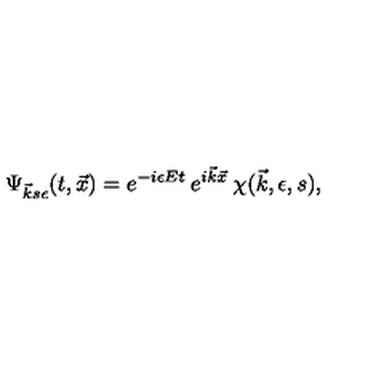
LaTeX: \Psi _ { \vec { k } s \epsilon } ( t , \vec { x } ) = e ^ { - i \epsilon E t } \: e ^ { i \vec { k } \vec { x } } \: \chi ( \vec { k } , \epsilon , s ) ,